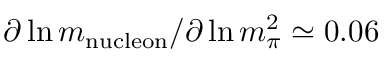
\partial \ln m _ { \mathrm { n u c l e o n } } / \partial \ln m _ { \pi } ^ { 2 } \simeq 0 . 0 6